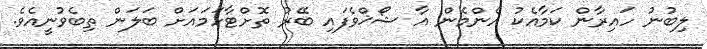
ލިބުނު ހައިރާން ކަމާއެކު އެންމެން އާ ޝޯޚްވެފައި ބޭރު ތޮށްޓާހަމައަށް ބަލަން ތިބެވުނީއެވެ.